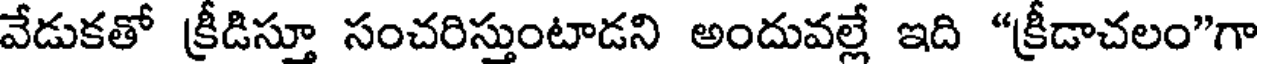
వేడుకతో క్రీడిస్తూ సంచరిస్తుంటాడని అందువల్లే ఇది "క్రీడాచలం"గా